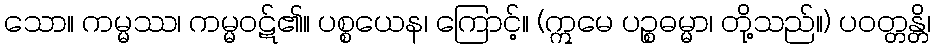
သော။ ကမ္မဿ၊ ကမ္မဝဋ်၏။ ပစ္စယေန၊ ကြောင့်။ (ဣမေ ပဉ္စဓမ္မာ၊ တို့သည်။) ပဝတ္တန္တိ၊